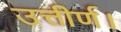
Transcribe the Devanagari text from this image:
उत्तीर्ण।